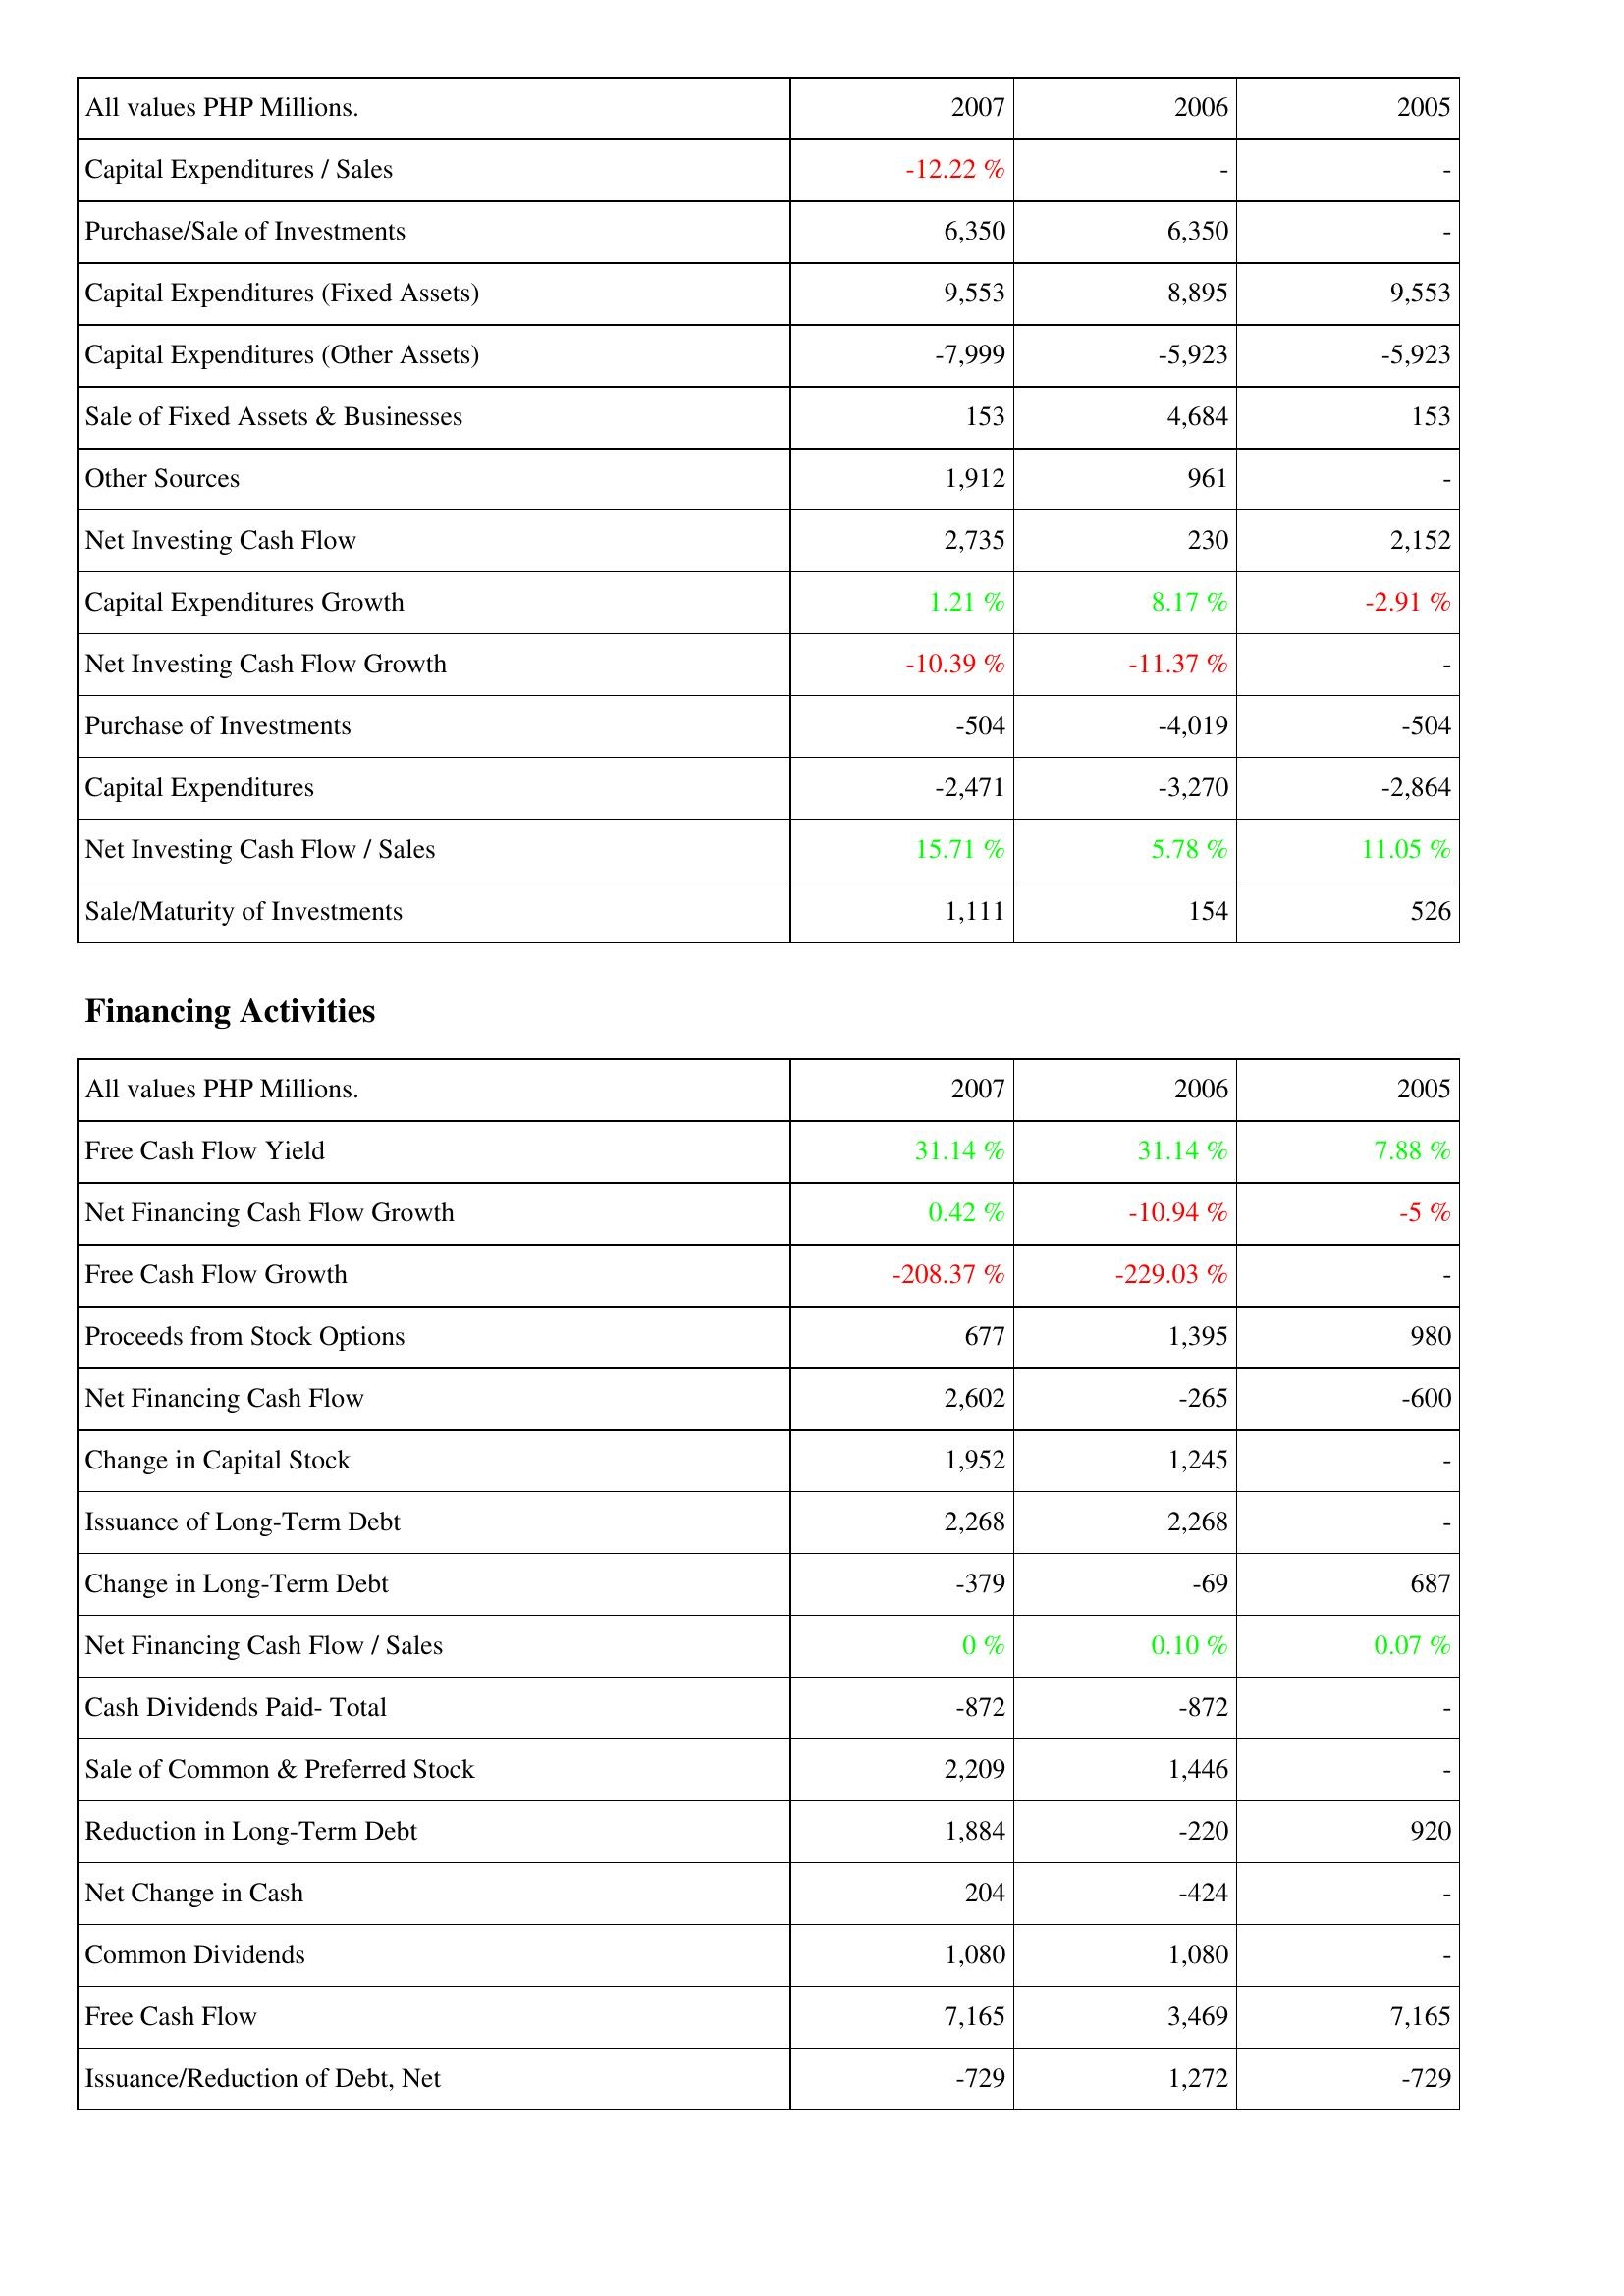
2007: Investing Activities: Capital Expenditures / Sales: -12.22 %
Purchase/Sale of Investments: 6,350
Capital Expenditures (Fixed Assets): 9,553
Capital Expenditures (Other Assets): -7,999
Sale of Fixed Assets & Businesses: 153
Other Sources: 1,912
Net Investing Cash Flow: 2,735
Capital Expenditures Growth: 1.21 %
Net Investing Cash Flow Growth: -10.39 %
Purchase of Investments: -504
Capital Expenditures: -2,471
Net Investing Cash Flow / Sales: 15.71 %
Sale/Maturity of Investments: 1,111
Financing Activities: Free Cash Flow Yield: 31.14 %
Net Financing Cash Flow Growth: 0.42 %
Free Cash Flow Growth: -208.37 %
Proceeds from Stock Options: 677
Net Financing Cash Flow: 2,602
Change in Capital Stock: 1,952
Issuance of Long-Term Debt: 2,268
Change in Long-Term Debt: -379
Net Financing Cash Flow / Sales: 0 %
Cash Dividends Paid- Total: -872
Sale of Common & Preferred Stock: 2,209
Reduction in Long-Term Debt: 1,884
Net Change in Cash: 204
Common Dividends: 1,080
Free Cash Flow: 7,165
Issuance/Reduction of Debt, Net: -729
2006: Investing Activities: Capital Expenditures / Sales: -
Purchase/Sale of Investments: 6,350
Capital Expenditures (Fixed Assets): 8,895
Capital Expenditures (Other Assets): -5,923
Sale of Fixed Assets & Businesses: 4,684
Other Sources: 961
Net Investing Cash Flow: 230
Capital Expenditures Growth: 8.17 %
Net Investing Cash Flow Growth: -11.37 %
Purchase of Investments: -4,019
Capital Expenditures: -3,270
Net Investing Cash Flow / Sales: 5.78 %
Sale/Maturity of Investments: 154
Financing Activities: Free Cash Flow Yield: 31.14 %
Net Financing Cash Flow Growth: -10.94 %
Free Cash Flow Growth: -229.03 %
Proceeds from Stock Options: 1,395
Net Financing Cash Flow: -265
Change in Capital Stock: 1,245
Issuance of Long-Term Debt: 2,268
Change in Long-Term Debt: -69
Net Financing Cash Flow / Sales: 0.10 %
Cash Dividends Paid- Total: -872
Sale of Common & Preferred Stock: 1,446
Reduction in Long-Term Debt: -220
Net Change in Cash: -424
Common Dividends: 1,080
Free Cash Flow: 3,469
Issuance/Reduction of Debt, Net: 1,272
2005: Investing Activities: Capital Expenditures / Sales: -
Purchase/Sale of Investments: -
Capital Expenditures (Fixed Assets): 9,553
Capital Expenditures (Other Assets): -5,923
Sale of Fixed Assets & Businesses: 153
Other Sources: -
Net Investing Cash Flow: 2,152
Capital Expenditures Growth: -2.91 %
Net Investing Cash Flow Growth: -
Purchase of Investments: -504
Capital Expenditures: -2,864
Net Investing Cash Flow / Sales: 11.05 %
Sale/Maturity of Investments: 526
Financing Activities: Free Cash Flow Yield: 7.88 %
Net Financing Cash Flow Growth: -5 %
Free Cash Flow Growth: -
Proceeds from Stock Options: 980
Net Financing Cash Flow: -600
Change in Capital Stock: -
Issuance of Long-Term Debt: -
Change in Long-Term Debt: 687
Net Financing Cash Flow / Sales: 0.07 %
Cash Dividends Paid- Total: -
Sale of Common & Preferred Stock: -
Reduction in Long-Term Debt: 920
Net Change in Cash: -
Common Dividends: -
Free Cash Flow: 7,165
Issuance/Reduction of Debt, Net: -729